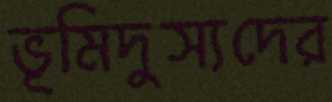
ভূমিদুস্যদের